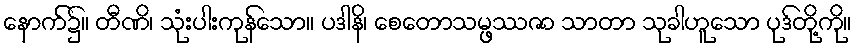
နောက်၌။ တီဏိ၊ သုံးပါးကုန်သော။ ပဒါနိ၊ စေတောသမ္ဖဿဇာ သာတာ သုခါဟူသော ပုဒ်တို့ကို။